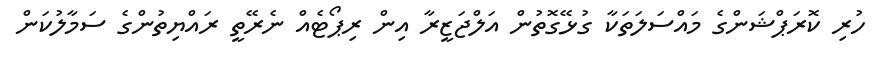
ހުރި ކޮރަޕްޝަންގެ މައްސަލަތަކާ ގުޅޭގޮތުން އަލްޖަޒީރާ އިން ރިޕޯޓެއް ނެރޭތީ ރައްޔިތުންގެ ސަމާލުކަން